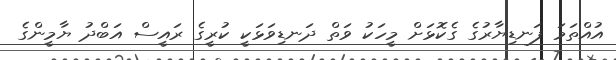
އުއްތަމަ ފަނޑިޔާރުގެ ގެކޮޅަށް މީހަކު ވަތް ދަނޑިވަޅަކީ ކުރީގެ ރައީސް އަބްދު ޔާމީންގެ